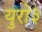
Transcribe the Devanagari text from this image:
युरो३